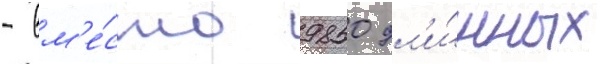
- вм'е́сто 9850 дл'и́нных